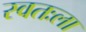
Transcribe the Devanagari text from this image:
स्‍वतःला